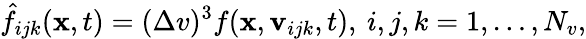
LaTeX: \hat{f}_{ijk}(\boldsymbol{\mathbf{x}},t)=(\Delta v)^{3}f(\boldsymbol{\mathbf{x}},\boldsymbol{\mathbf{v}}_{ijk},t),\: i,j,k=1,\ldots,N_{v},